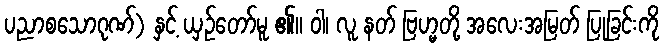
ပညာစသောဂုဏ်) နှင့် ယှဉ်တော်မူ ၏။ ဝါ၊ လူ နတ် ဗြဟ္မတို့ အလေးအမြတ် ပြုခြင်းကို